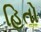
હિતો